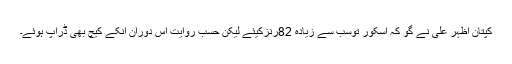
کپتان اظہر علی نے گو کہ اسکور توسب سے زیادہ 82رنزکیئے لیکن حسب ِروایت اس دوران اُنکے کیچ بھی ڈراپ ہوئے۔